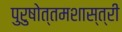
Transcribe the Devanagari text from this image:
पुरुषोत्तमशास्त्री